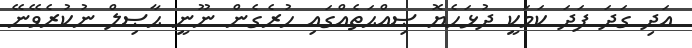
އަދި ގަދަ ފަދަ ކަމަކީ ދުޅަހެޔޮ ޞިއްޙަތެއްގައި ހުރެގެން ނޫނީ ޙާޞިލް ނުކުރެވޭނޭ